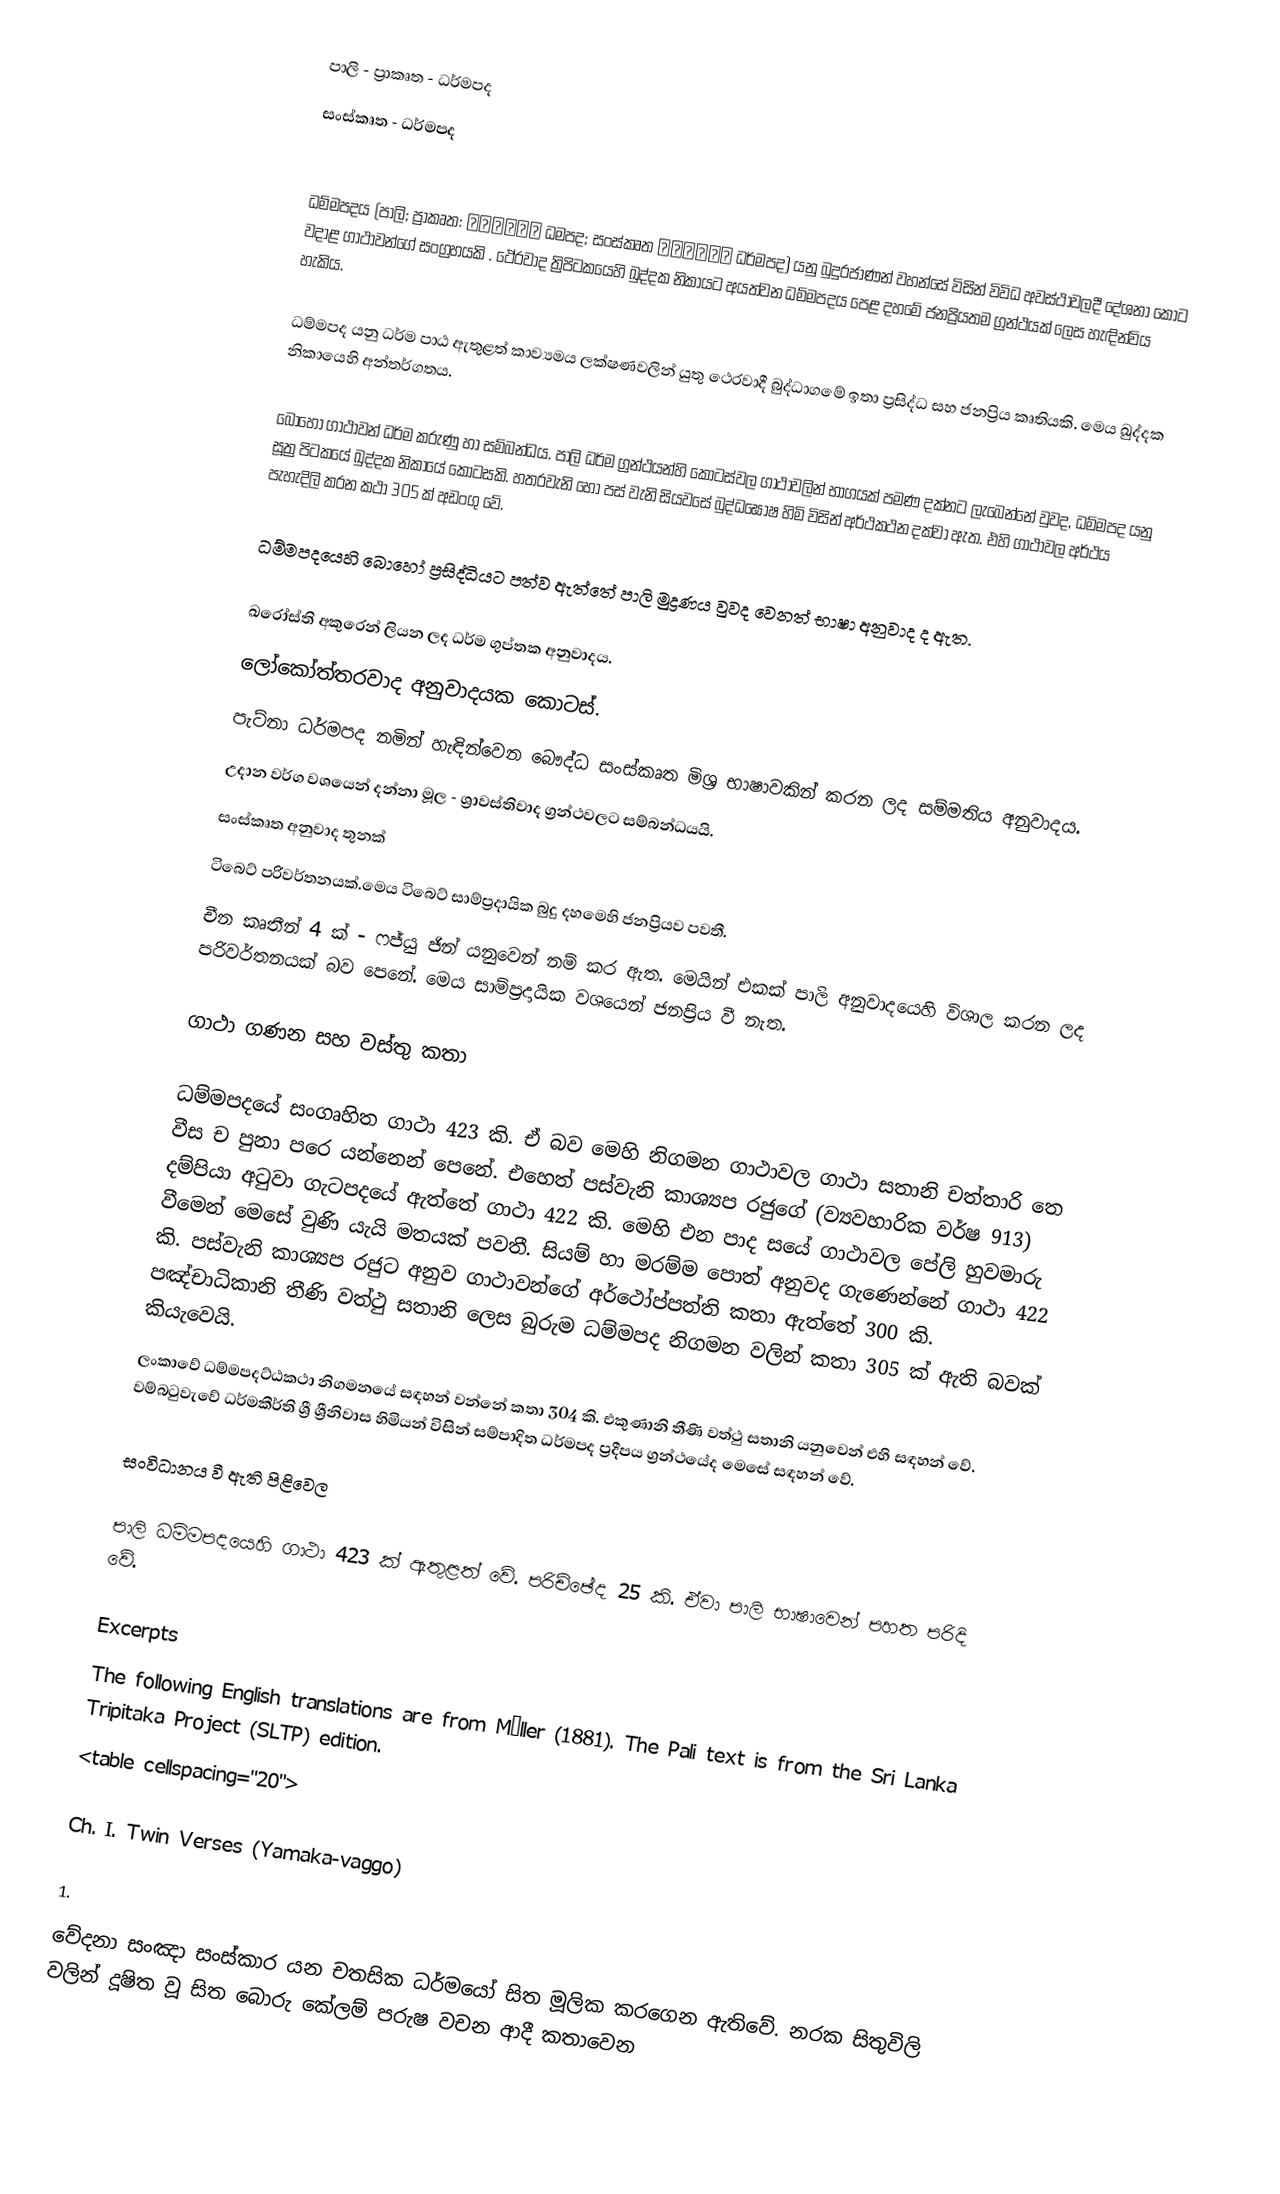
පාලි - ප්‍රාකෘත - ධර්මපද
සංස්කෘත - ධර්මපද

ධම්මපදය (පාලි; ප්‍රාකෘත: धम्मपद ධමපද; සංස්කෘත धर्मपद ධර්මපද) යනු බුදුරජාණන් වහන්සේ විසින් විවිධ අවස්ථාවලදී දේශනා කොට වදාළ ගාථාවන්ගේ සංග්‍රහයකි .  ථේරවාද ත්‍රිපිටකයෙහි ඛුද්දක නිකායට අයත්වන ධම්මපදය පෙළ දහමේ ජනප්‍රියතම ග්‍රන්ථයක් ලෙස හැඳින්විය හැකිය.

ධම්මපද යනු ධර්ම පාඨ ඇතුළත් කාව්‍යමය ලක්ෂණවලින් යුතු ථෙරවාදී බුද්ධාගමේ ඉතා ප්‍රසිද්ධ සහ ජනප්‍රිය කෘතියකි. මෙය ඛුද්දක නිකායෙහි අන්තර්ගතය.

බොහෝ ගාථාවන් ධර්ම කරුණු  හා සම්බන්ධය. පාලි ධර්ම ග්‍රන්ථයන්හි කොටස්වල ගාථාවලින් භාගයක් පමණ දක්නට ලැබෙන්නේ වුවද, ධම්මපද යනු සූත්‍ර පිටකයේ ඛුද්දක නිකායේ කොටසකි. හතරවැනි හෝ පස් වැනි සියවසේ බුද්ධඝෝෂ හිමි විසින් අර්ථකථන දක්වා ඇත. එහි ගාථාවල අර්ථය පැහැදිලි කරන කථා 305 ක් අඩංගු වේ.

ධම්මපදයෙහි බොහෝ ප්‍රසිද්ධියට පත්ව ඇත්තේ පාලි මුද්‍රණය වුවද වෙනත් භාෂා අනුවාද ද ඇත.

ඛරෝස්ති අකුරෙන් ලියන ලද ධර්ම ගුප්තක අනුවාදය.
ලෝකෝත්තරවාද අනුවාදයක කොටස්.
පැට්නා ධර්මපද නමින් හැඳින්වෙන බෞද්ධ සංස්කෘත මිශ්‍ර භාෂාවකින් කරන ලද සම්මතිය අනුවාදය.
උදාන වර්ග වශයෙන් දන්නා මූල - ශ්‍රාවස්තිවාද ග්‍රන්ථවලට සම්බන්ධයයි.
සංස්කෘත අනුවාද තුනක්
ටිබෙට් පරිවර්තනයක්.මෙය ටිබෙට් සාම්ප්‍රදායික බුදු දහමෙහි ජනප්‍රියව පවතී.
චීන කෘතීන් 4 ක් - ෆජ්යු ජින් යනුවෙන් නම් කර ඇත. මෙයින් එකක්	පාලි අනුවාදයෙහි විශාල කරන ලද පරිවර්තනයක් බව පෙනේ. මෙය සාම්ප්‍රදායික වශයෙන් ජනප්‍රිය වී නැත.

ගාථා ගණන සහ වස්තු කතා

ධම්මපදයේ සංගෘහිත ගාථා 423 කි. ඒ බව මෙහි නිගමන ගාථාවල ගාථා සතානි චත්තාරි තෙ වීස ච පුනා පරෙ යන්නෙන් පෙනේ. එහෙත් පස්වැනි කාශ්‍යප රජුගේ (ව්‍යවහාරික වර්ෂ 913) දම්පියා අටුවා ගැටපදයේ ඇත්තේ ගාථා 422 කි. මෙහි එන පාද සයේ ගාථාවල පේලි හුවමාරු වීමෙන් මෙසේ වුණි යැයි මතයක් පවතී. සියම් හා මරම්ම පොත් අනුවද ගැණෙන්නේ ගාථා 422 කි. පස්වැනි කාශ්‍යප රජුට අනුව ගාථාවන්ගේ අර්ථෝප්පත්ති කතා ඇත්තේ 300 කි. පඤ්චාධිකානි තීණි වත්ථු සතානි ලෙස බුරුම ධම්මපද නිගමන වලින් කතා 305 ක් ඇති බවක් කියැවෙයි.
ලංකාවේ ධම්මපදට්ඨකථා නිගමනයේ සඳහන් වන්නේ කතා 304 කි. එකුණානි තීණි වත්ථු සතානි යනුවෙන් එහි සඳහන් වේ. වම්බටුවැවේ ධර්මකීර්ති ශ්‍රී ශ්‍රීනිවාස හිමියන් විසින් සම්පාදිත ධර්මපද ප්‍රදීපය ග්‍රන්ථයේද මෙසේ සඳහන් වේ.

සංවිධානය වී ඇති පිළිවෙල

පාලි ධම්මපදයෙහි ගාථා 423 ක් ඇතුළත් වේ. පරිච්ඡේද 25 කි. ඒවා පාලි භාෂාවෙන් පහත පරිදි වේ.

Excerpts
The following English translations are from Müller (1881).  The Pali text is from the Sri Lanka Tripitaka Project (SLTP) edition.
<table cellspacing="20">

Ch. I. Twin Verses (Yamaka-vaggo)

1.
වේදනා සංඤා සංස්කාර යන චතසික ධර්මයෝ සිත මූලික කරගෙන ඇතිවේ. නරක සිතුවිලි වලින් දූෂිත වූ සිත බොරු කේලම් පරුෂ වචන ආදී කතාවෙන